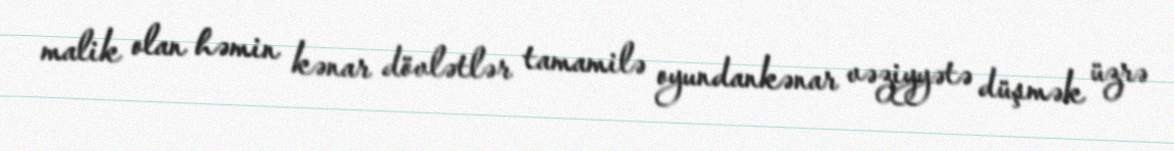
malik olan həmin kənar dövlətlər tamamilə oyundankənar vəziyyətə düşmək üzrə